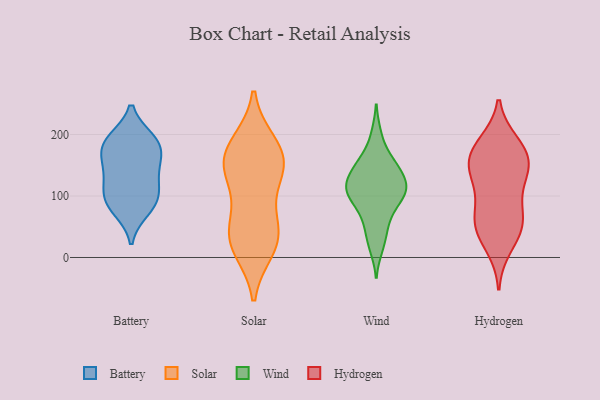
{"axis": {"x": "Operating Costs (USD K)", "y": "Value"}, "legend": ["Battery", "Hydrogen", "Solar", "Wind"], "data": [{"x": "", "y": 104, "type": "Battery"}, {"x": "", "y": 142, "type": "Battery"}, {"x": "", "y": 127, "type": "Battery"}, {"x": "", "y": 190, "type": "Battery"}, {"x": "", "y": 96, "type": "Battery"}, {"x": "", "y": 191, "type": "Battery"}, {"x": "", "y": 78, "type": "Battery"}, {"x": "", "y": 176, "type": "Battery"}, {"x": "", "y": 88, "type": "Battery"}, {"x": "", "y": 154, "type": "Battery"}, {"x": "", "y": 183, "type": "Battery"}, {"x": "", "y": 53, "type": "Solar"}, {"x": "", "y": 42, "type": "Solar"}, {"x": "", "y": 22, "type": "Solar"}, {"x": "", "y": 185, "type": "Solar"}, {"x": "", "y": 33, "type": "Solar"}, {"x": "", "y": 149, "type": "Solar"}, {"x": "", "y": 153, "type": "Solar"}, {"x": "", "y": 182, "type": "Solar"}, {"x": "", "y": 149, "type": "Solar"}, {"x": "", "y": 15, "type": "Solar"}, {"x": "", "y": 107, "type": "Solar"}, {"x": "", "y": 153, "type": "Solar"}, {"x": "", "y": 200, "type": "Wind"}, {"x": "", "y": 153, "type": "Wind"}, {"x": "", "y": 107, "type": "Wind"}, {"x": "", "y": 137, "type": "Wind"}, {"x": "", "y": 159, "type": "Wind"}, {"x": "", "y": 58, "type": "Wind"}, {"x": "", "y": 122, "type": "Wind"}, {"x": "", "y": 92, "type": "Wind"}, {"x": "", "y": 98, "type": "Wind"}, {"x": "", "y": 16, "type": "Wind"}, {"x": "", "y": 119, "type": "Wind"}, {"x": "", "y": 68, "type": "Wind"}, {"x": "", "y": 34, "type": "Wind"}, {"x": "", "y": 102, "type": "Wind"}, {"x": "", "y": 154, "type": "Wind"}, {"x": "", "y": 125, "type": "Wind"}, {"x": "", "y": 109, "type": "Wind"}, {"x": "", "y": 149, "type": "Hydrogen"}, {"x": "", "y": 42, "type": "Hydrogen"}, {"x": "", "y": 179, "type": "Hydrogen"}, {"x": "", "y": 129, "type": "Hydrogen"}, {"x": "", "y": 69, "type": "Hydrogen"}, {"x": "", "y": 149, "type": "Hydrogen"}, {"x": "", "y": 53, "type": "Hydrogen"}, {"x": "", "y": 70, "type": "Hydrogen"}, {"x": "", "y": 50, "type": "Hydrogen"}, {"x": "", "y": 139, "type": "Hydrogen"}, {"x": "", "y": 186, "type": "Hydrogen"}, {"x": "", "y": 106, "type": "Hydrogen"}, {"x": "", "y": 161, "type": "Hydrogen"}, {"x": "", "y": 18, "type": "Hydrogen"}, {"x": "", "y": 177, "type": "Hydrogen"}]}